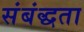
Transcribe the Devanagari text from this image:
संबंद्धता